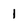
Character: I